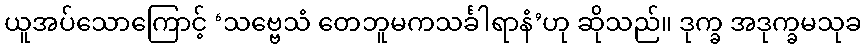
ယူအပ်သောကြောင့် ‘သဗ္ဗေသံ တေဘူမကသင်္ခါရာနံ’ဟု ဆိုသည်။ ဒုက္ခ အဒုက္ခမသုခ